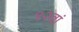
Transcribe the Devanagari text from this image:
९२वां